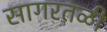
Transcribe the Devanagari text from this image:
सागरतळी